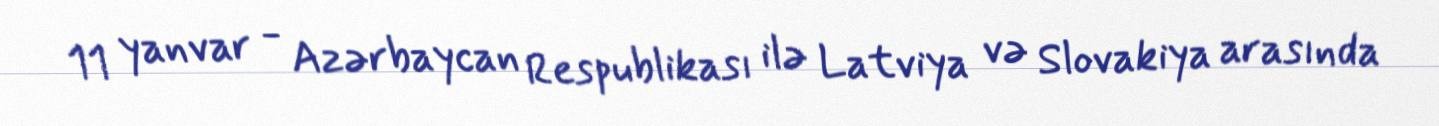
11 yanvar - Azərbaycan Respublikası ilə Latviya və Slovakiya arasında